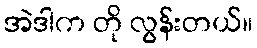
အဲဒါက တို လွန်းတယ်။